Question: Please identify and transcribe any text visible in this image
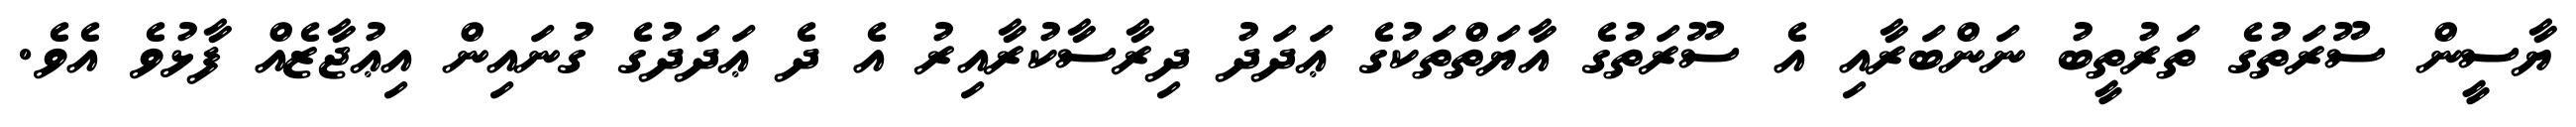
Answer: ޔާސީން ސޫރަތުގެ ތަރުތީބު ނަންބަރާއި އެ ސޫރަތުގެ އާޔަތްތަކުގެ ޢަދަދު ދިރާސާކުރާއިރު އެ ދެ ޢަދަދުގެ ގުނައިން އިޢުޖާޒެއް ފާޅުވެ އެވެ.